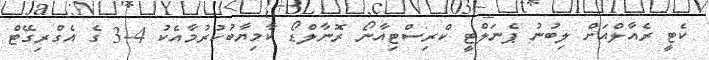
ކެޓީ ރެއާލްއަށް ލިބުނު ޕެނަލްޓީ ކްރިސްޓިއާނޯ ރޮނާލްޑޯ ކާމިޔާބުކުރުމާއެކު 4-3 ގެ އެގްރިގޭޓް